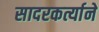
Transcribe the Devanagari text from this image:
सादरकर्त्याने